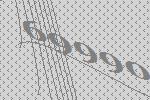
69990